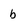
Character: b